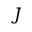
J